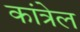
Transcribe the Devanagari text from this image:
कांत्रेल